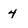
Character: 4